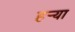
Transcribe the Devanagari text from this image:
हर्‍या